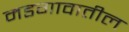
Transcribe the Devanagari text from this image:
मडगावातील